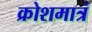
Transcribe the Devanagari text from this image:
क्रोशमात्रं